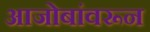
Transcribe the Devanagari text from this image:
आजोबांवरून